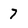
Character: 7